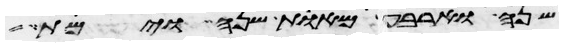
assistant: שנה וארבע מאות שנה וימת